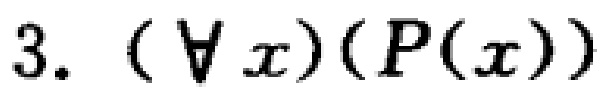
$3. (\forall x)(P(x))$